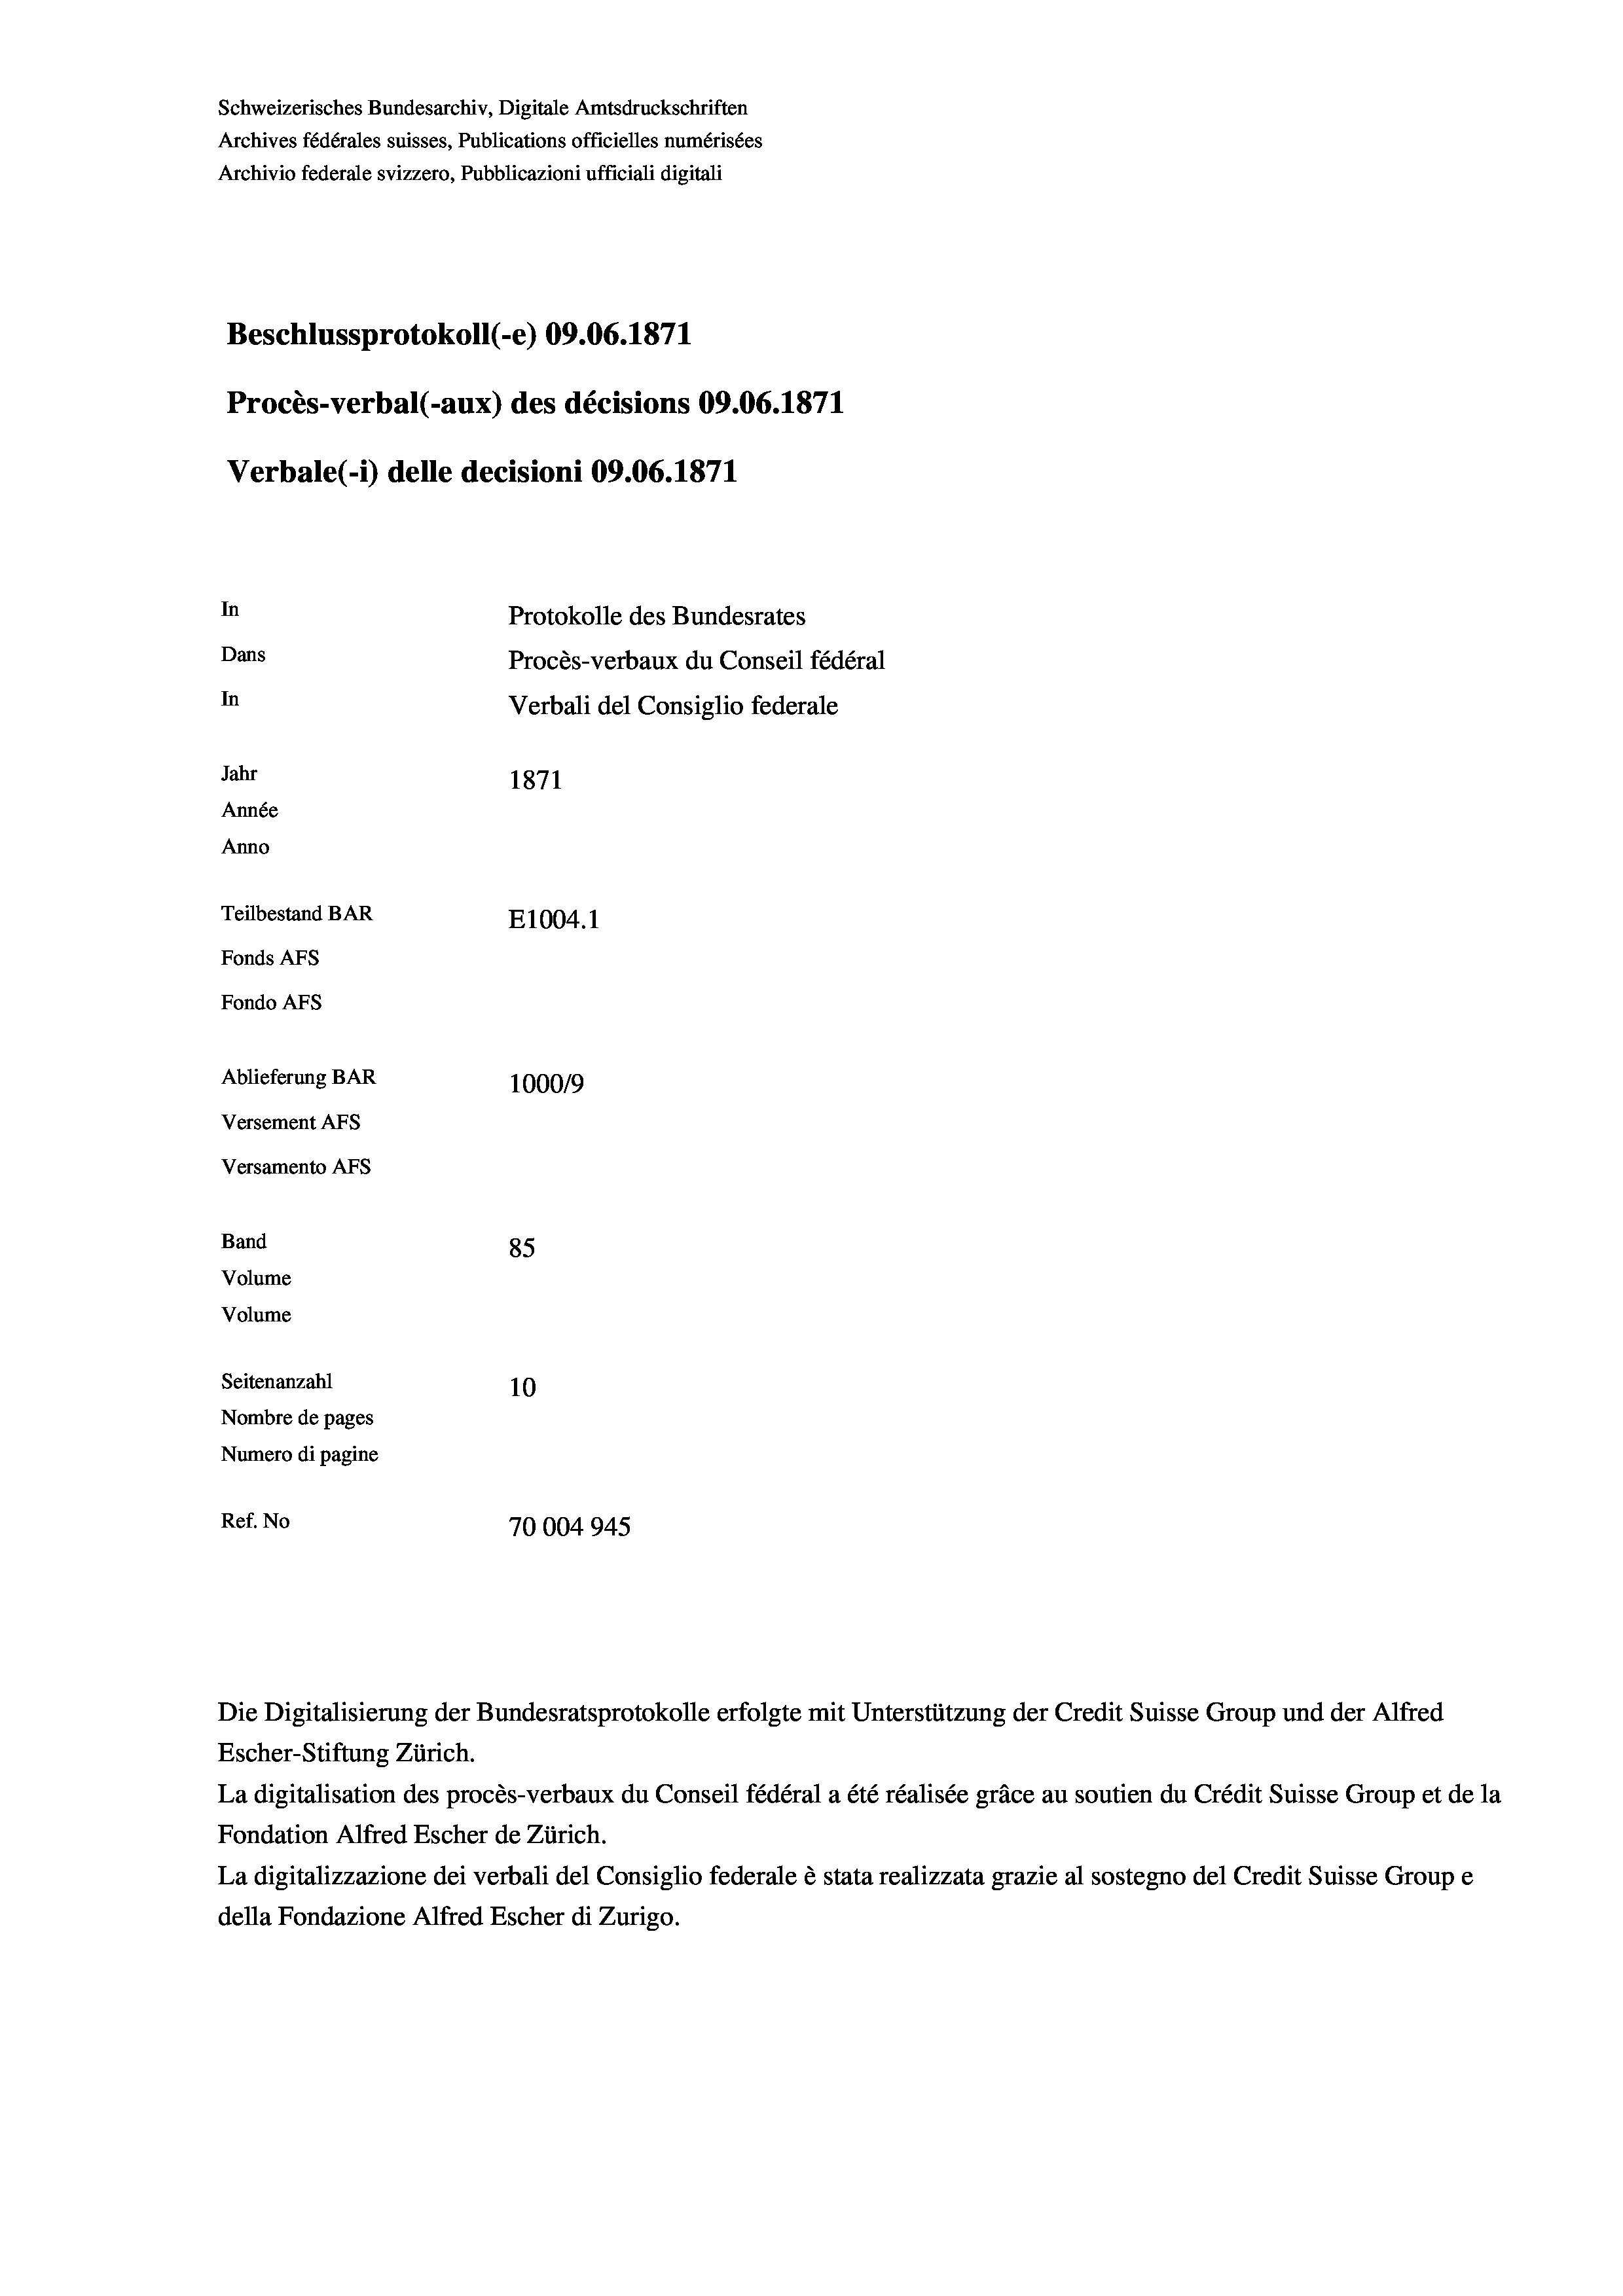
Schweizerisches Bundesarchiv, Digitale Amtsdruckschriften
Archives fédérales suisses, Publications officielles numérisées
Archivio federale svizzero, Pubblicazioni ufficiali digitali
Beschlussprotokoll (-e) 09.06. 1871
Procès-verbal (-aux) des décisions 09.06. 1871
Verbale(-*) delle decisioni 09.06. 1871
In
Protokolle des Bundesrates
Dans
Procès-verbaux du Conseil fédéral
In
Verbali del Consiglio federale
Jahr
1871
Année
Anno
Teilbestand BAR
E1004.1
Fonds AFs
Fondo AFs
Ablieferung BAR
100019
Versement AFS
Versamento Afs

85
Seitenanzahl
10
Nombre de pages
Numero di pagine
Ref. No
70004945

Band
Volume
Volume

1

La digitalisation des procès-verbaux du Conseil fédéral a été réalisée gräce au soutien du Crédit Suisse Group et de la
Fondation Alfred Escher de Zürich.
La digitalizzazione dei verbali del Consiglio federale è stata realizzata grazie al sostegno del Credit Suisse Groupe
della Fondazione Alfred Escher di Zurigo.

Die Digitalisierung der Bundesratsprotokolle erfolgte mit Unterstützung der Credit Suisse Group und der Alfred
Escher-Stiftung Zürich.